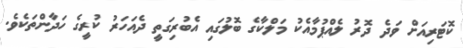
ކޮޓަރިއަށް ވަދެ ދޮރު ލެއްޕުމާއެކު މަލްކާގެ ބޮލުގައި އެބުރިގަތީ ދެއަހަރު ކުރީގެ ހަދާންތަކެވެ.